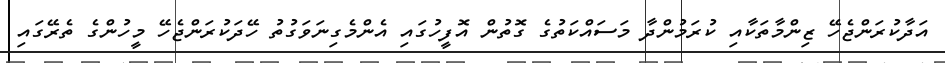
އަދާކުރަންޖެހޭ ޒިންމާތަކާއި ކުރަމުންދާ މަސައްކަތުގެ ގޮތުން އޮފީހުގައި އެންމެގިނަވަގުތު ހޭދަކުރަންޖެހޭ މީހުންގެ ތެރޭގައި